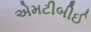
એમટીબીઈ